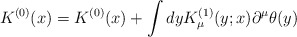
\begin{align*}K^{(0)}(x)=K^{(0)}(x)+\int dyK^{(1)}_{\mu}(y;x)\partial^{\mu}\theta(y)\end{align*}